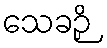
သေခဉှိ